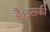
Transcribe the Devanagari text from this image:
हैं।इसकी